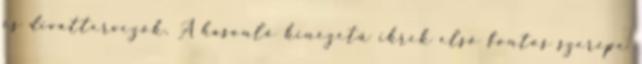
és divattervezők. A hasonló kinézetű ikrek első fontos szerepe